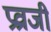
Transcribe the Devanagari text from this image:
प्रव्राजी